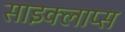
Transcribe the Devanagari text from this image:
साइक्लाप्स